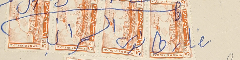
كاتب نصار طانيوس السمراني